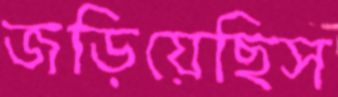
জড়িয়েছিস